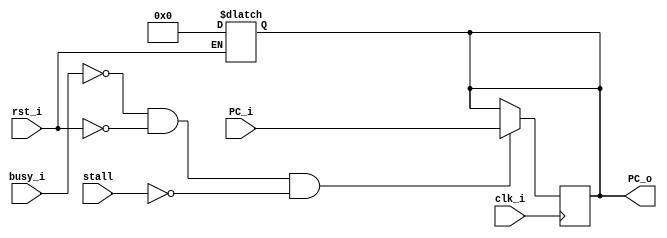
`timescale 1ns / 1ps

module pc_reg(
    input clk_i,
    input rst_i,
    input [31:0]PC_i,
    input busy_i,
    input stall,
    output reg [31:0]PC_o
    );
    
    always @ (rst_i) begin
    
        if(rst_i) begin 
            #1; PC_o = 32'd0;
        end
    end
    
    
    always @ (posedge clk_i) begin
    #1; 
        if(!busy_i && !rst_i && !stall)  PC_o = PC_i;
    end
    
    
endmodule